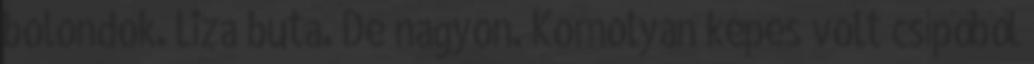
bolondok. Liza buta. De nagyon. Komolyan képes volt csípőből